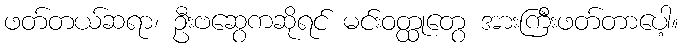
ဖတ်တယ်ဆရာ၊ ဦးဗဆွေကဆိုရင် မင်းဝတ္ထုတွေ အားကြီးဖတ်တာပေါ့။